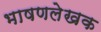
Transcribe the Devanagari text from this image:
भाषणलेखक